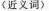
(近义词)